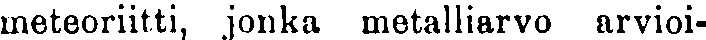
meteoriitti, jonka metalliarvo arvioi-